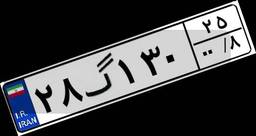
۲۸گ۱۳۰۲۵